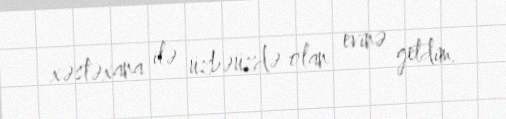
xəstəxana ilə üzbəüzdə olan evinə getdim.